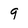
Character: 9